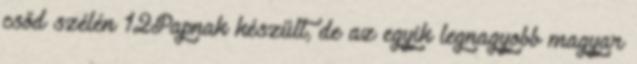
csőd szélén 12Papnak készült, de az egyik legnagyobb magyar